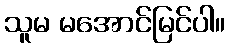
သူမ မအောင်မြင်ပါ။